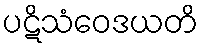
ပဋိသံဝေဒယတိ